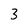
Character: 3